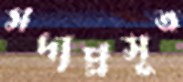
সদ্যপ্রসূত